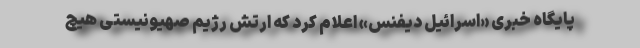
پایگاه خبری «اسرائیل دیفنس» اعلام کرد که ارتش رژیم صهیونیستی هیچ